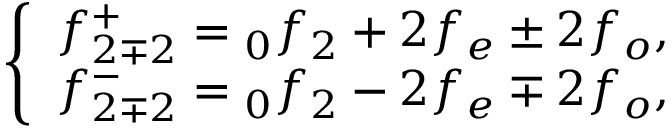
\left\{ \begin{array} { c } { f _ { 2 \mp 2 } ^ { + } = \phantom { } _ { 0 } f _ { 2 } + 2 f _ { e } \pm 2 f _ { o } , } \\ { f _ { 2 \mp 2 } ^ { - } = \phantom { } _ { 0 } f _ { 2 } - 2 f _ { e } \mp 2 f _ { o } , } \end{array} \right.